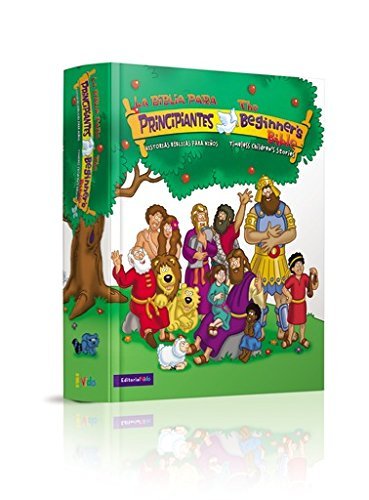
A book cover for Biblia para principiantes  BilingÃ¼e: Historias bÃ­blicas para niÃ±os (The Beginner's Bible)  (Spanish and English Edition); Zondervan; Children's Books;